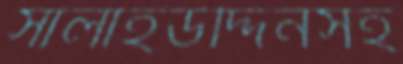
সালাহউদ্দিনসহ